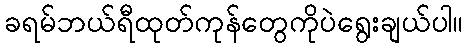
ခရမ်ဘယ်ရီထုတ်ကုန်တွေကိုပဲရွေးချယ်ပါ။